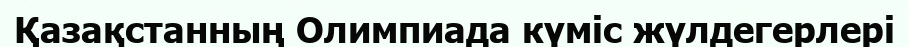
Қазақстанның Олимпиада күміс жүлдегерлері